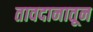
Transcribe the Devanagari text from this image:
तावदानातून